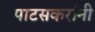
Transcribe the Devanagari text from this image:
पाटसकरांनी